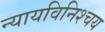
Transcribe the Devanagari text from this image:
न्यायविनिश्चय